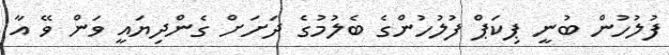
ފުލުހުން ބުނީ ޕިކަޕް ފުލުހުންގެ ބެލުމުގެ ދަށަށް ގެންދިޔައީ ވަން ވޭ އާ